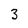
Character: 3